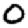
Digit: 0